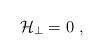
LaTeX: \begin{align*}{\cal H}_\perp = 0 \ ,\end{align*}